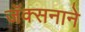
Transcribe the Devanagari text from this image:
जॅक्सनाने